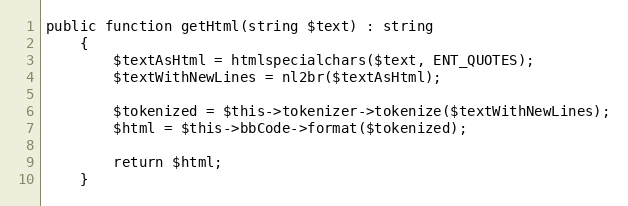
Language: PHP
public function getHtml(string $text) : string
    {
        $textAsHtml = htmlspecialchars($text, ENT_QUOTES);
        $textWithNewLines = nl2br($textAsHtml);

        $tokenized = $this->tokenizer->tokenize($textWithNewLines);
        $html = $this->bbCode->format($tokenized);

        return $html;
    }